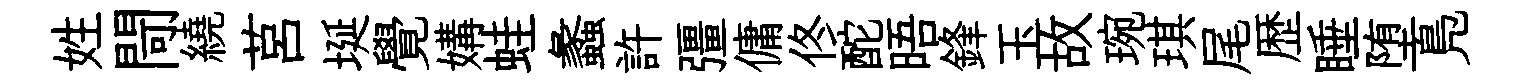
姓閜繞莒埏覺媾蛙蠡許彊傭佟酡晤鋒玉故琬琪尾歴睡堕鳬